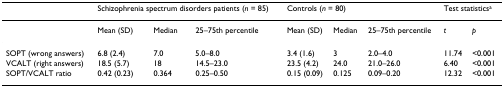
<table><thead><tr><td></td><td colspan="3"><b>Schizophrenia spectrum disorders patients (<i>n </i>= 85)</b></td><td colspan="3"><b>Controls (<i>n </i>= 80)</b></td><td colspan="2"><b>Test statistics<sup>a</sup></b></td></tr></thead><tbody><tr><td></td><td>Mean (SD)</td><td>Median</td><td>25–75th percentile</td><td>Mean (SD)</td><td>Median</td><td>25–75th percentile</td><td><i>t</i></td><td><i>p</i></td></tr><tr><td>SOPT (wrong answers)</td><td>6.8 (2.4)</td><td>7.0</td><td>5.0–8.0</td><td>3.4 (1.6)</td><td>3</td><td>2.0–4.0</td><td>11.74</td><td>&lt;0.001</td></tr><tr><td>VCALT (right answers)</td><td>18.5 (5.7)</td><td>18</td><td>14.5–23.0</td><td>23.5 (4.2)</td><td>24.0</td><td>21.0–26.0</td><td>6.40</td><td>&lt;0.001</td></tr><tr><td>SOPT/VCALT ratio</td><td>0.42 (0.23)</td><td>0.364</td><td>0.25–0.50</td><td>0.15 (0.09)</td><td>0.125</td><td>0.09–0.20</td><td>12.32</td><td>&lt;0.001</td></tr></tbody></table>